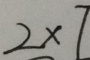
2 \times 7